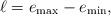
LaTeX: \begin{align*}\ell=e_{\rm max}-e_{\rm min},\end{align*}